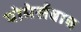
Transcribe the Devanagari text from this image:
पोमेर्सबाच